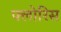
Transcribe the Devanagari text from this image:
फ्लोरिस